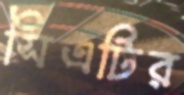
সিএটির